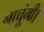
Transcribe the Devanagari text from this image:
नाचूंगी।